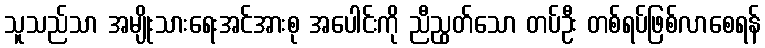
သူသည်သာ အမျိုးသားရေးအင်အားစု အပေါင်းကို ညီညွတ်သော တပ်ဦး တစ်ရပ်ဖြစ်လာစေရန်